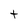
Character: t